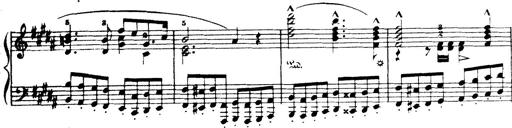
Title: Wagner-Liszt Album
Composer: Franz Liszt